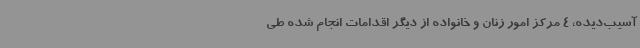
آسیب‌دیده، 4 مرکز امور زنان و خانواده از دیگر اقدامات انجام شده طی